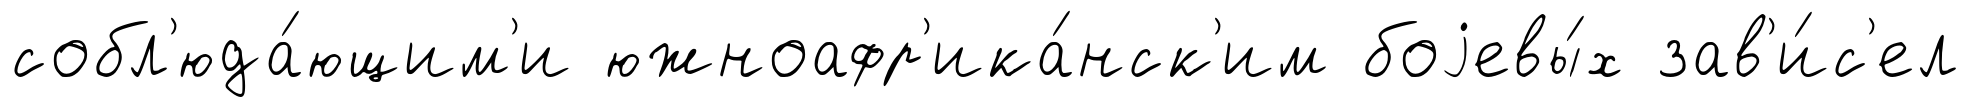
собл'юда́ющим'и южноафр'ика́нск'им боjевы́х зав'и́с'ел